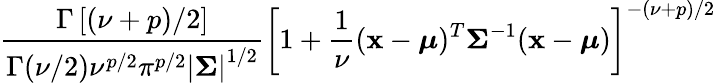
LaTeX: {\frac{\Gamma\left[(\nu+p)/2\right]}{\Gamma(\nu/2)\nu^{p/2}\pi^{p/2}\left|{\boldsymbol{\Sigma}}\right|^{1/2}}}\left[1+{\frac{1}{\nu}}({\mathbf{x}}-{\boldsymbol{\mu}})^{T}{\boldsymbol{\Sigma}}^{-1}({\mathbf{x}}-{\boldsymbol{\mu}})\right]^{-(\nu+p)/2}